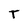
Character: T